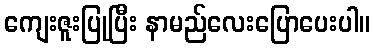
ကျေးဇူးပြုပြီး နာမည်လေးပြောပေးပါ။